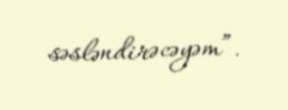
səsləndirəcəyəm”.